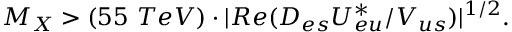
M _ { X } > ( 5 5 ~ T e V ) \cdot | R e ( { { \cal D } _ { e s } { \cal U } _ { e u } ^ { * } } / { V _ { u s } } ) | ^ { 1 / 2 } .